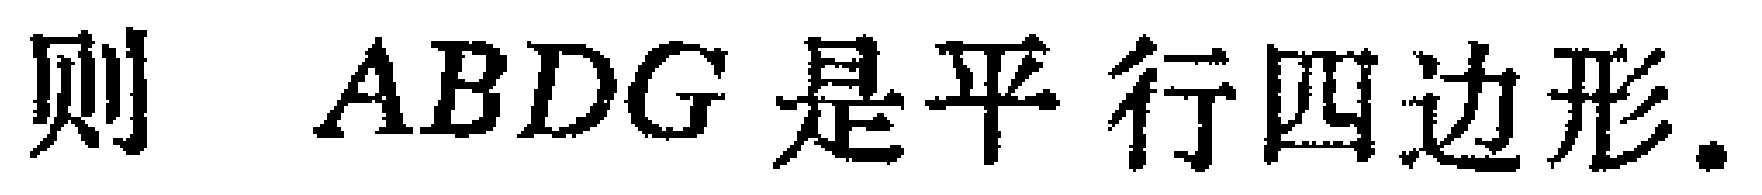
则 \(ABDG\) 是平行四边形.